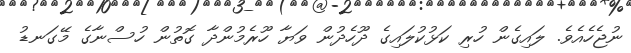
ނުޖެހެއެވެ. ލައިގެން ހުރި ކަޅުކުލައިގެ ދޫހެދުން ވަޔާ ހޫރެމުންދާ ގޮތުން ހުސްނާގެ މޭގަނޑު